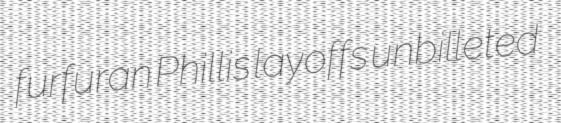
furfuran Phillis layoffs unbilleted